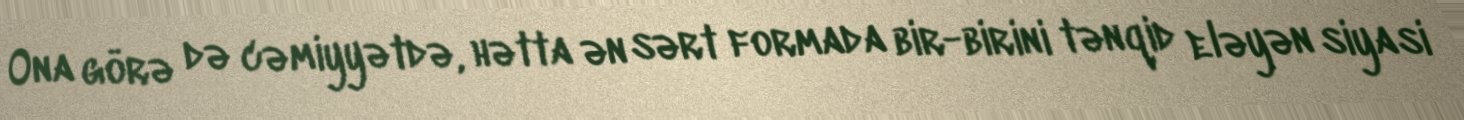
Ona görə də cəmiyyətdə, hətta ən sərt formada bir-birini tənqid eləyən siyasi